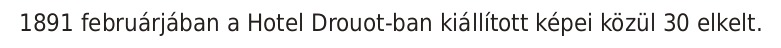
1891 februárjában a Hotel Drouot-ban kiállított képei közül 30 elkelt.